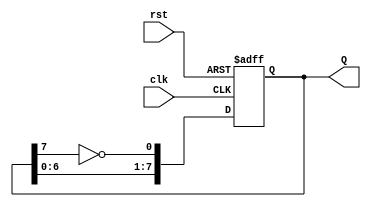
module johnson_counter (
    input wire clk,               // Clock input
    input wire rst,               // Reset input
    output reg [7:0] Q            // 8-bit output representing the counter state
);

    // Always block triggered on the rising edge of the clock or asynchronous reset
    always @(posedge clk or posedge rst) begin
        if (rst) begin
            // Asynchronous reset to 00000000
            Q <= 8'b00000000;
        end else begin
            // Johnson counter logic
            Q[0] <= ~Q[7];      // Feedback from the inverted last flip-flop
            Q[1] <= Q[0];       // Shift counter values
            Q[2] <= Q[1];
            Q[3] <= Q[2];
            Q[4] <= Q[3];
            Q[5] <= Q[4];
            Q[6] <= Q[5];
            Q[7] <= Q[6];
        end
    end

endmodule